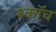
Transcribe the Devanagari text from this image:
स्‍कॉच